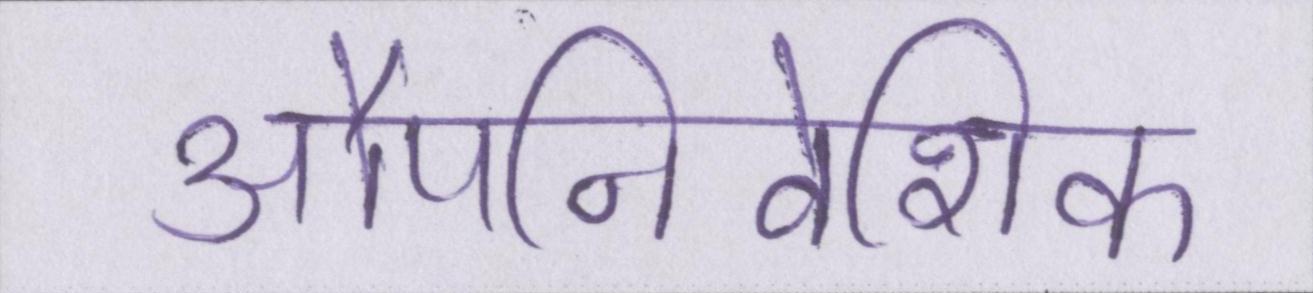
औपनिवेशिक